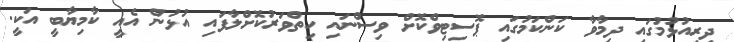
ދިރިއުޅުމުގައި ދިމާވާ ކަންކަމުގައި ޕޮސިޓިވްކޮށް ވިސްނައި ހިތްވަރުކޮށްލާފައި އުޅުން އެއީ ކާމިޔާބީ އަކީ.